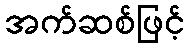
အက်ဆစ်ဖြင့်